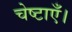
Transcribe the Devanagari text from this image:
चेष्टाएँ।